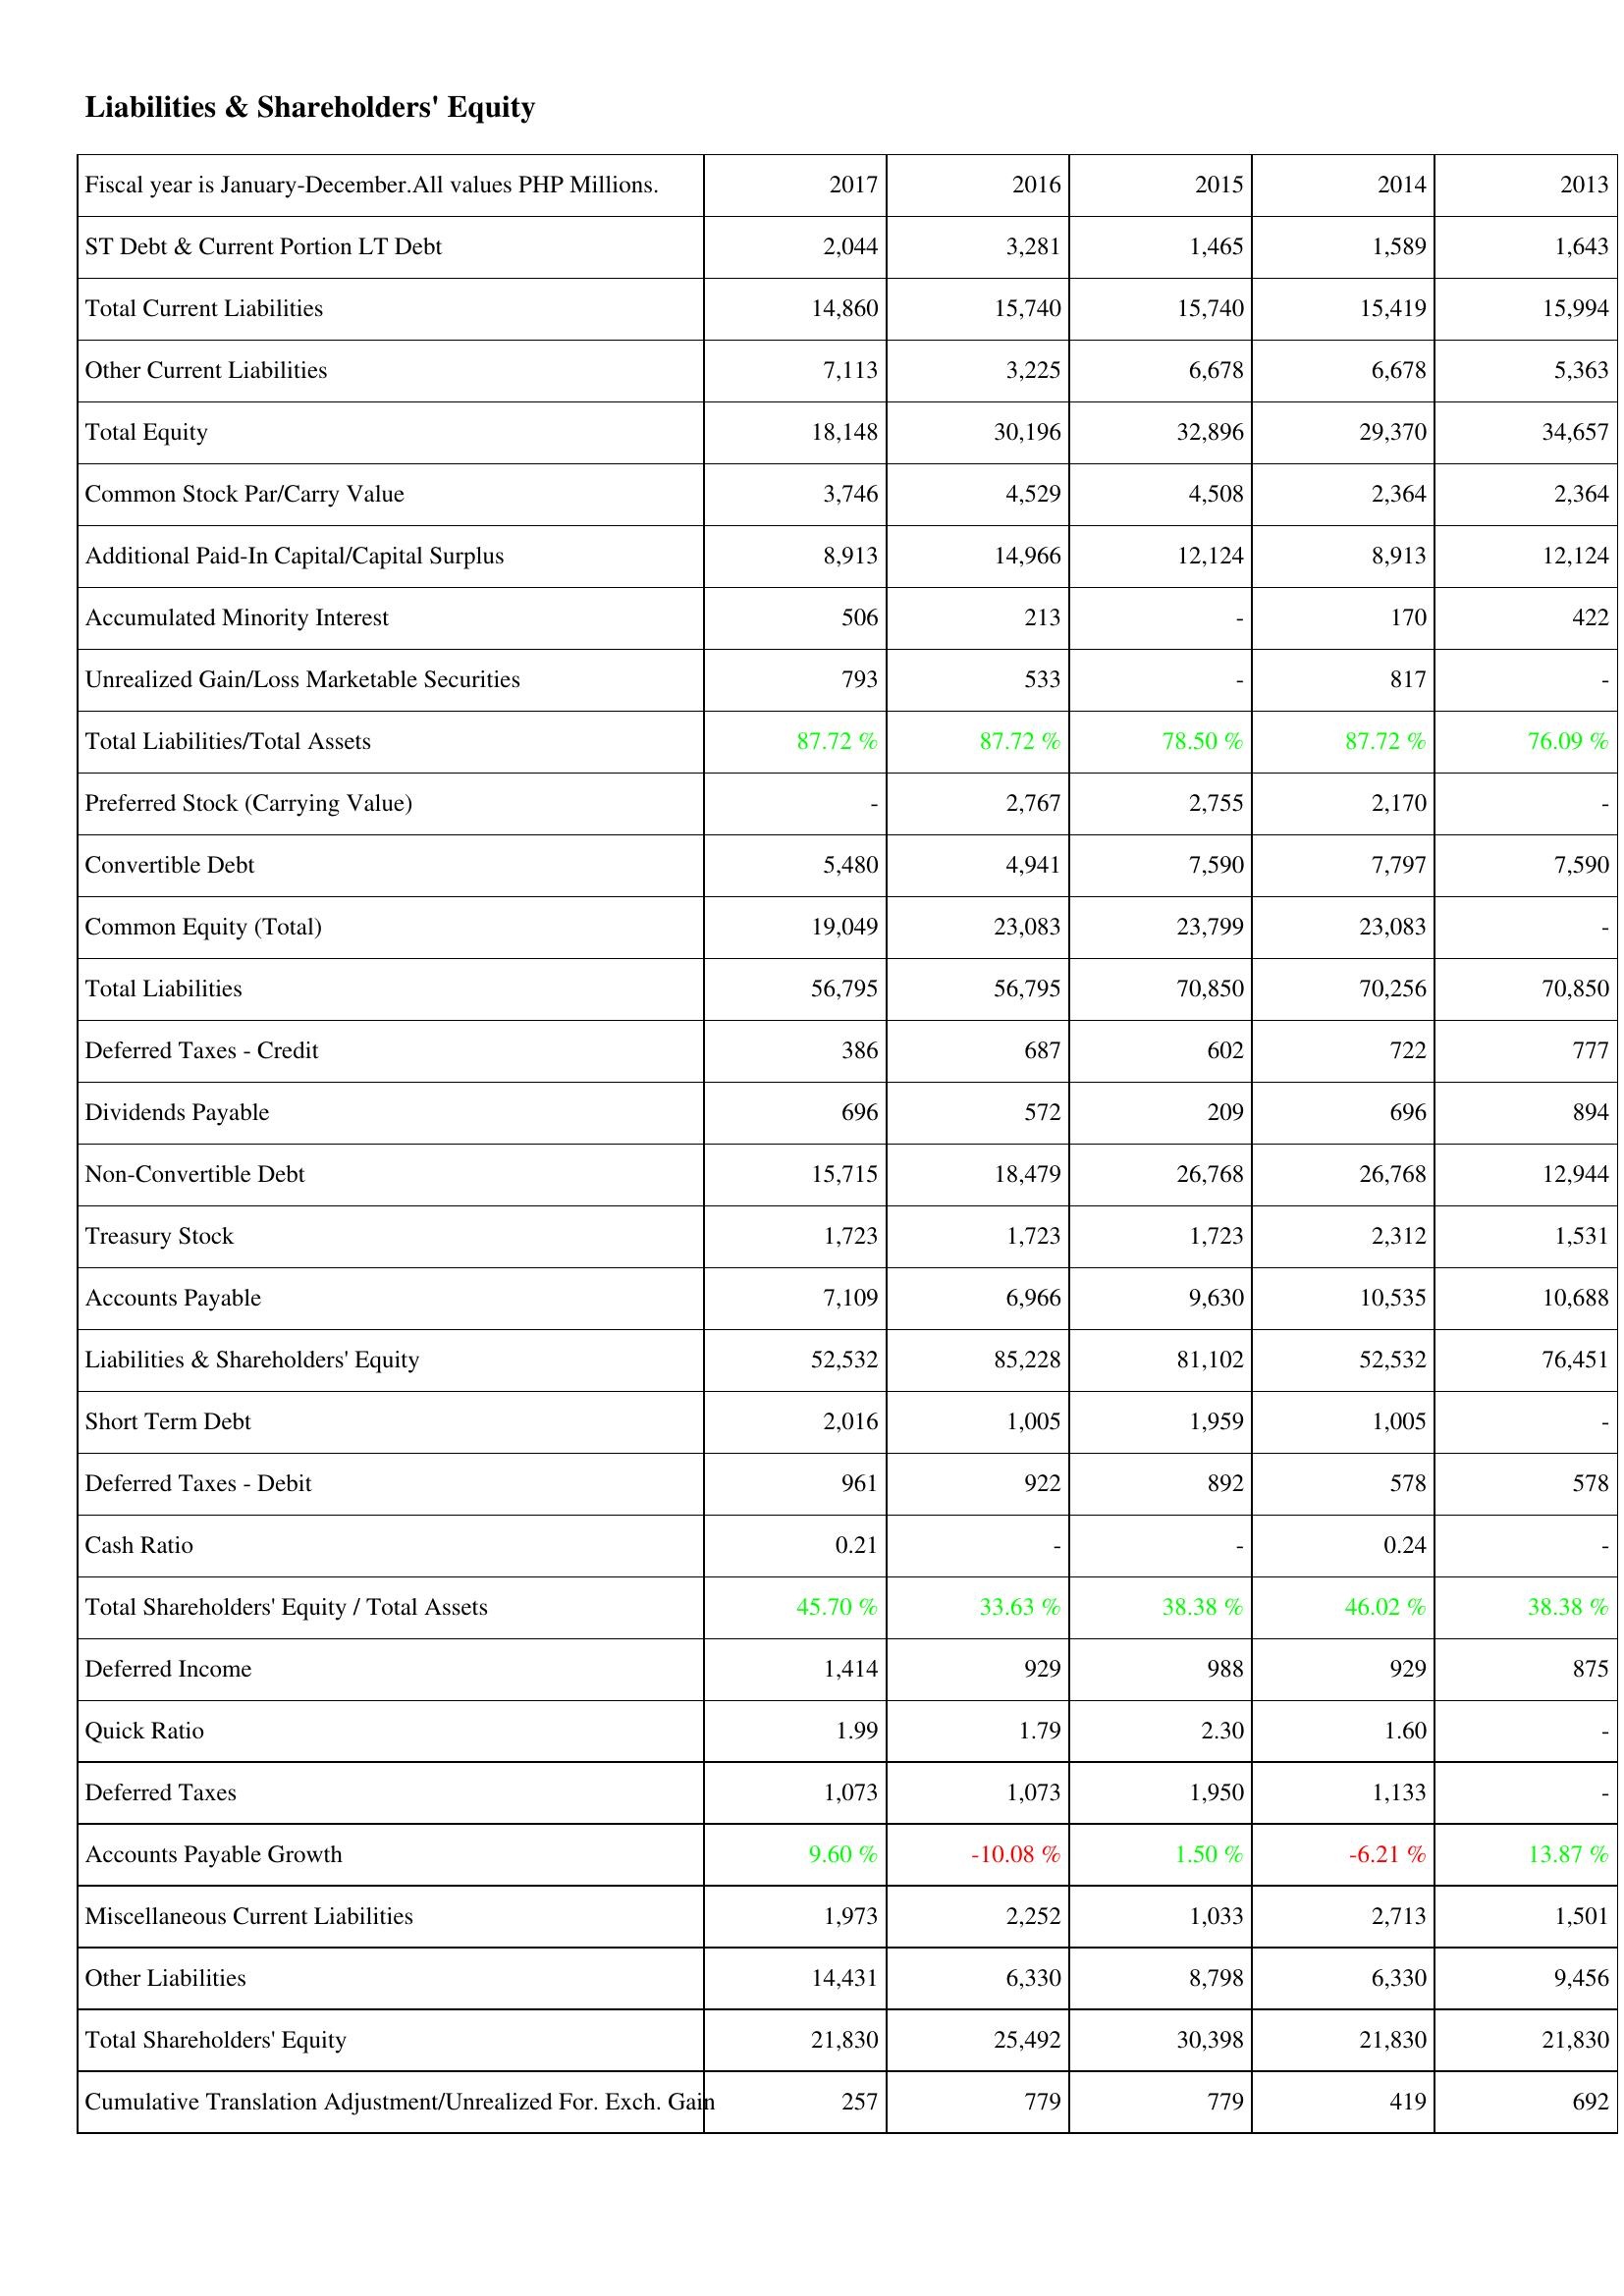
2017: Liabilities & Shareholders' Equity: ST Debt & Current Portion LT Debt: 2,044
Total Current Liabilities: 14,860
Other Current Liabilities: 7,113
Total Equity: 18,148
Common Stock Par/Carry Value: 3,746
Additional Paid-In Capital/Capital Surplus: 8,913
Accumulated Minority Interest: 506
Unrealized Gain/Loss Marketable Securities: 793
Total Liabilities/Total Assets: 87.72 %
Preferred Stock (Carrying Value): -
Convertible Debt: 5,480
Common Equity (Total): 19,049
Total Liabilities: 56,795
Deferred Taxes - Credit: 386
Dividends Payable: 696
Non-Convertible Debt: 15,715
Treasury Stock: 1,723
Accounts Payable: 7,109
Liabilities & Shareholders' Equity: 52,532
Short Term Debt: 2,016
Deferred Taxes - Debit: 961
Cash Ratio: 0.21
Total Shareholders' Equity / Total Assets: 45.70 %
Deferred Income: 1,414
Quick Ratio: 1.99
Deferred Taxes: 1,073
Accounts Payable Growth: 9.60 %
Miscellaneous Current Liabilities: 1,973
Other Liabilities: 14,431
Total Shareholders' Equity: 21,830
Cumulative Translation Adjustment/Unrealized For. Exch. Gain: 257
2016: Liabilities & Shareholders' Equity: ST Debt & Current Portion LT Debt: 3,281
Total Current Liabilities: 15,740
Other Current Liabilities: 3,225
Total Equity: 30,196
Common Stock Par/Carry Value: 4,529
Additional Paid-In Capital/Capital Surplus: 14,966
Accumulated Minority Interest: 213
Unrealized Gain/Loss Marketable Securities: 533
Total Liabilities/Total Assets: 87.72 %
Preferred Stock (Carrying Value): 2,767
Convertible Debt: 4,941
Common Equity (Total): 23,083
Total Liabilities: 56,795
Deferred Taxes - Credit: 687
Dividends Payable: 572
Non-Convertible Debt: 18,479
Treasury Stock: 1,723
Accounts Payable: 6,966
Liabilities & Shareholders' Equity: 85,228
Short Term Debt: 1,005
Deferred Taxes - Debit: 922
Cash Ratio: -
Total Shareholders' Equity / Total Assets: 33.63 %
Deferred Income: 929
Quick Ratio: 1.79
Deferred Taxes: 1,073
Accounts Payable Growth: -10.08 %
Miscellaneous Current Liabilities: 2,252
Other Liabilities: 6,330
Total Shareholders' Equity: 25,492
Cumulative Translation Adjustment/Unrealized For. Exch. Gain: 779
2015: Liabilities & Shareholders' Equity: ST Debt & Current Portion LT Debt: 1,465
Total Current Liabilities: 15,740
Other Current Liabilities: 6,678
Total Equity: 32,896
Common Stock Par/Carry Value: 4,508
Additional Paid-In Capital/Capital Surplus: 12,124
Accumulated Minority Interest: -
Unrealized Gain/Loss Marketable Securities: -
Total Liabilities/Total Assets: 78.50 %
Preferred Stock (Carrying Value): 2,755
Convertible Debt: 7,590
Common Equity (Total): 23,799
Total Liabilities: 70,850
Deferred Taxes - Credit: 602
Dividends Payable: 209
Non-Convertible Debt: 26,768
Treasury Stock: 1,723
Accounts Payable: 9,630
Liabilities & Shareholders' Equity: 81,102
Short Term Debt: 1,959
Deferred Taxes - Debit: 892
Cash Ratio: -
Total Shareholders' Equity / Total Assets: 38.38 %
Deferred Income: 988
Quick Ratio: 2.30
Deferred Taxes: 1,950
Accounts Payable Growth: 1.50 %
Miscellaneous Current Liabilities: 1,033
Other Liabilities: 8,798
Total Shareholders' Equity: 30,398
Cumulative Translation Adjustment/Unrealized For. Exch. Gain: 779
2014: Liabilities & Shareholders' Equity: ST Debt & Current Portion LT Debt: 1,589
Total Current Liabilities: 15,419
Other Current Liabilities: 6,678
Total Equity: 29,370
Common Stock Par/Carry Value: 2,364
Additional Paid-In Capital/Capital Surplus: 8,913
Accumulated Minority Interest: 170
Unrealized Gain/Loss Marketable Securities: 817
Total Liabilities/Total Assets: 87.72 %
Preferred Stock (Carrying Value): 2,170
Convertible Debt: 7,797
Common Equity (Total): 23,083
Total Liabilities: 70,256
Deferred Taxes - Credit: 722
Dividends Payable: 696
Non-Convertible Debt: 26,768
Treasury Stock: 2,312
Accounts Payable: 10,535
Liabilities & Shareholders' Equity: 52,532
Short Term Debt: 1,005
Deferred Taxes - Debit: 578
Cash Ratio: 0.24
Total Shareholders' Equity / Total Assets: 46.02 %
Deferred Income: 929
Quick Ratio: 1.60
Deferred Taxes: 1,133
Accounts Payable Growth: -6.21 %
Miscellaneous Current Liabilities: 2,713
Other Liabilities: 6,330
Total Shareholders' Equity: 21,830
Cumulative Translation Adjustment/Unrealized For. Exch. Gain: 419
2013: Liabilities & Shareholders' Equity: ST Debt & Current Portion LT Debt: 1,643
Total Current Liabilities: 15,994
Other Current Liabilities: 5,363
Total Equity: 34,657
Common Stock Par/Carry Value: 2,364
Additional Paid-In Capital/Capital Surplus: 12,124
Accumulated Minority Interest: 422
Unrealized Gain/Loss Marketable Securities: -
Total Liabilities/Total Assets: 76.09 %
Preferred Stock (Carrying Value): -
Convertible Debt: 7,590
Common Equity (Total): -
Total Liabilities: 70,850
Deferred Taxes - Credit: 777
Dividends Payable: 894
Non-Convertible Debt: 12,944
Treasury Stock: 1,531
Accounts Payable: 10,688
Liabilities & Shareholders' Equity: 76,451
Short Term Debt: -
Deferred Taxes - Debit: 578
Cash Ratio: -
Total Shareholders' Equity / Total Assets: 38.38 %
Deferred Income: 875
Quick Ratio: -
Deferred Taxes: -
Accounts Payable Growth: 13.87 %
Miscellaneous Current Liabilities: 1,501
Other Liabilities: 9,456
Total Shareholders' Equity: 21,830
Cumulative Translation Adjustment/Unrealized For. Exch. Gain: 692